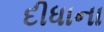
દીધાના